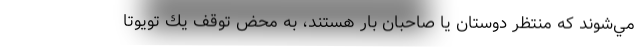
مي‌شوند كه منتظر دوستان يا صاحبان بار هستند، به محض توقف يك تويوتا